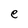
Character: e